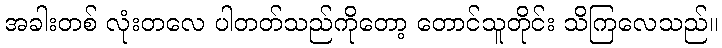
အခါးတစ် လုံးတလေ ပါတတ်သည်ကိုတော့ တောင်သူတိုင်း သိကြလေသည်။